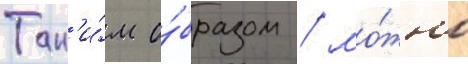
Так'и́м о́бразом / мо́жно